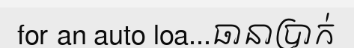
for an auto loa...ធានាប្រាក់